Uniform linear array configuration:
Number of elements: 8
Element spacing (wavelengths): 0.25
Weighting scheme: exponential
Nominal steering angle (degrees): -15
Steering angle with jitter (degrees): -15.824
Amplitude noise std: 0.05
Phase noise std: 0.05

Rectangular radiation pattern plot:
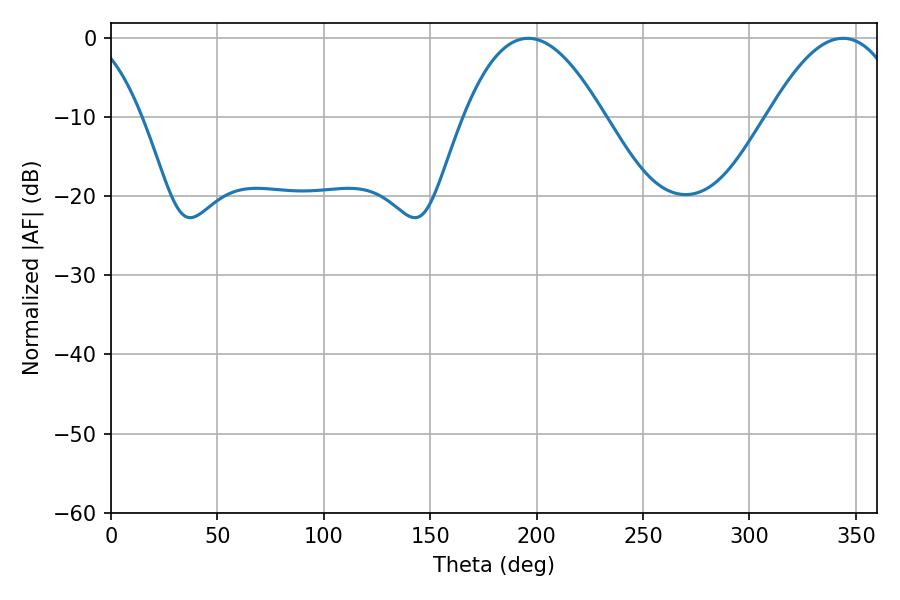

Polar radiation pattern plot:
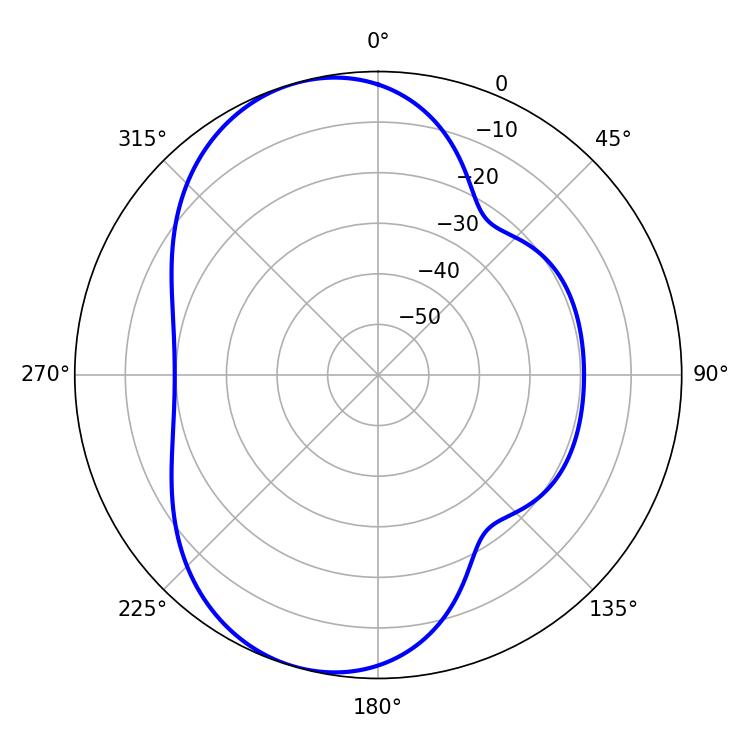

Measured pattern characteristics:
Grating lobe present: FALSE
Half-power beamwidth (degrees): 36
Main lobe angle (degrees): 196.02